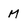
Character: m